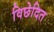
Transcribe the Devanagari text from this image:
विछेदित